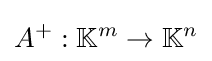
A^{+}:\mathbb {K} ^{m}\to \mathbb {K} ^{n}